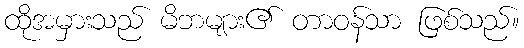
ထိုအမှားသည် မိဘများ၏ တာဝန်သာ ဖြစ်သည်။